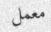
معمل